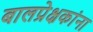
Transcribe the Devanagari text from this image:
बालप्रेक्षकांना